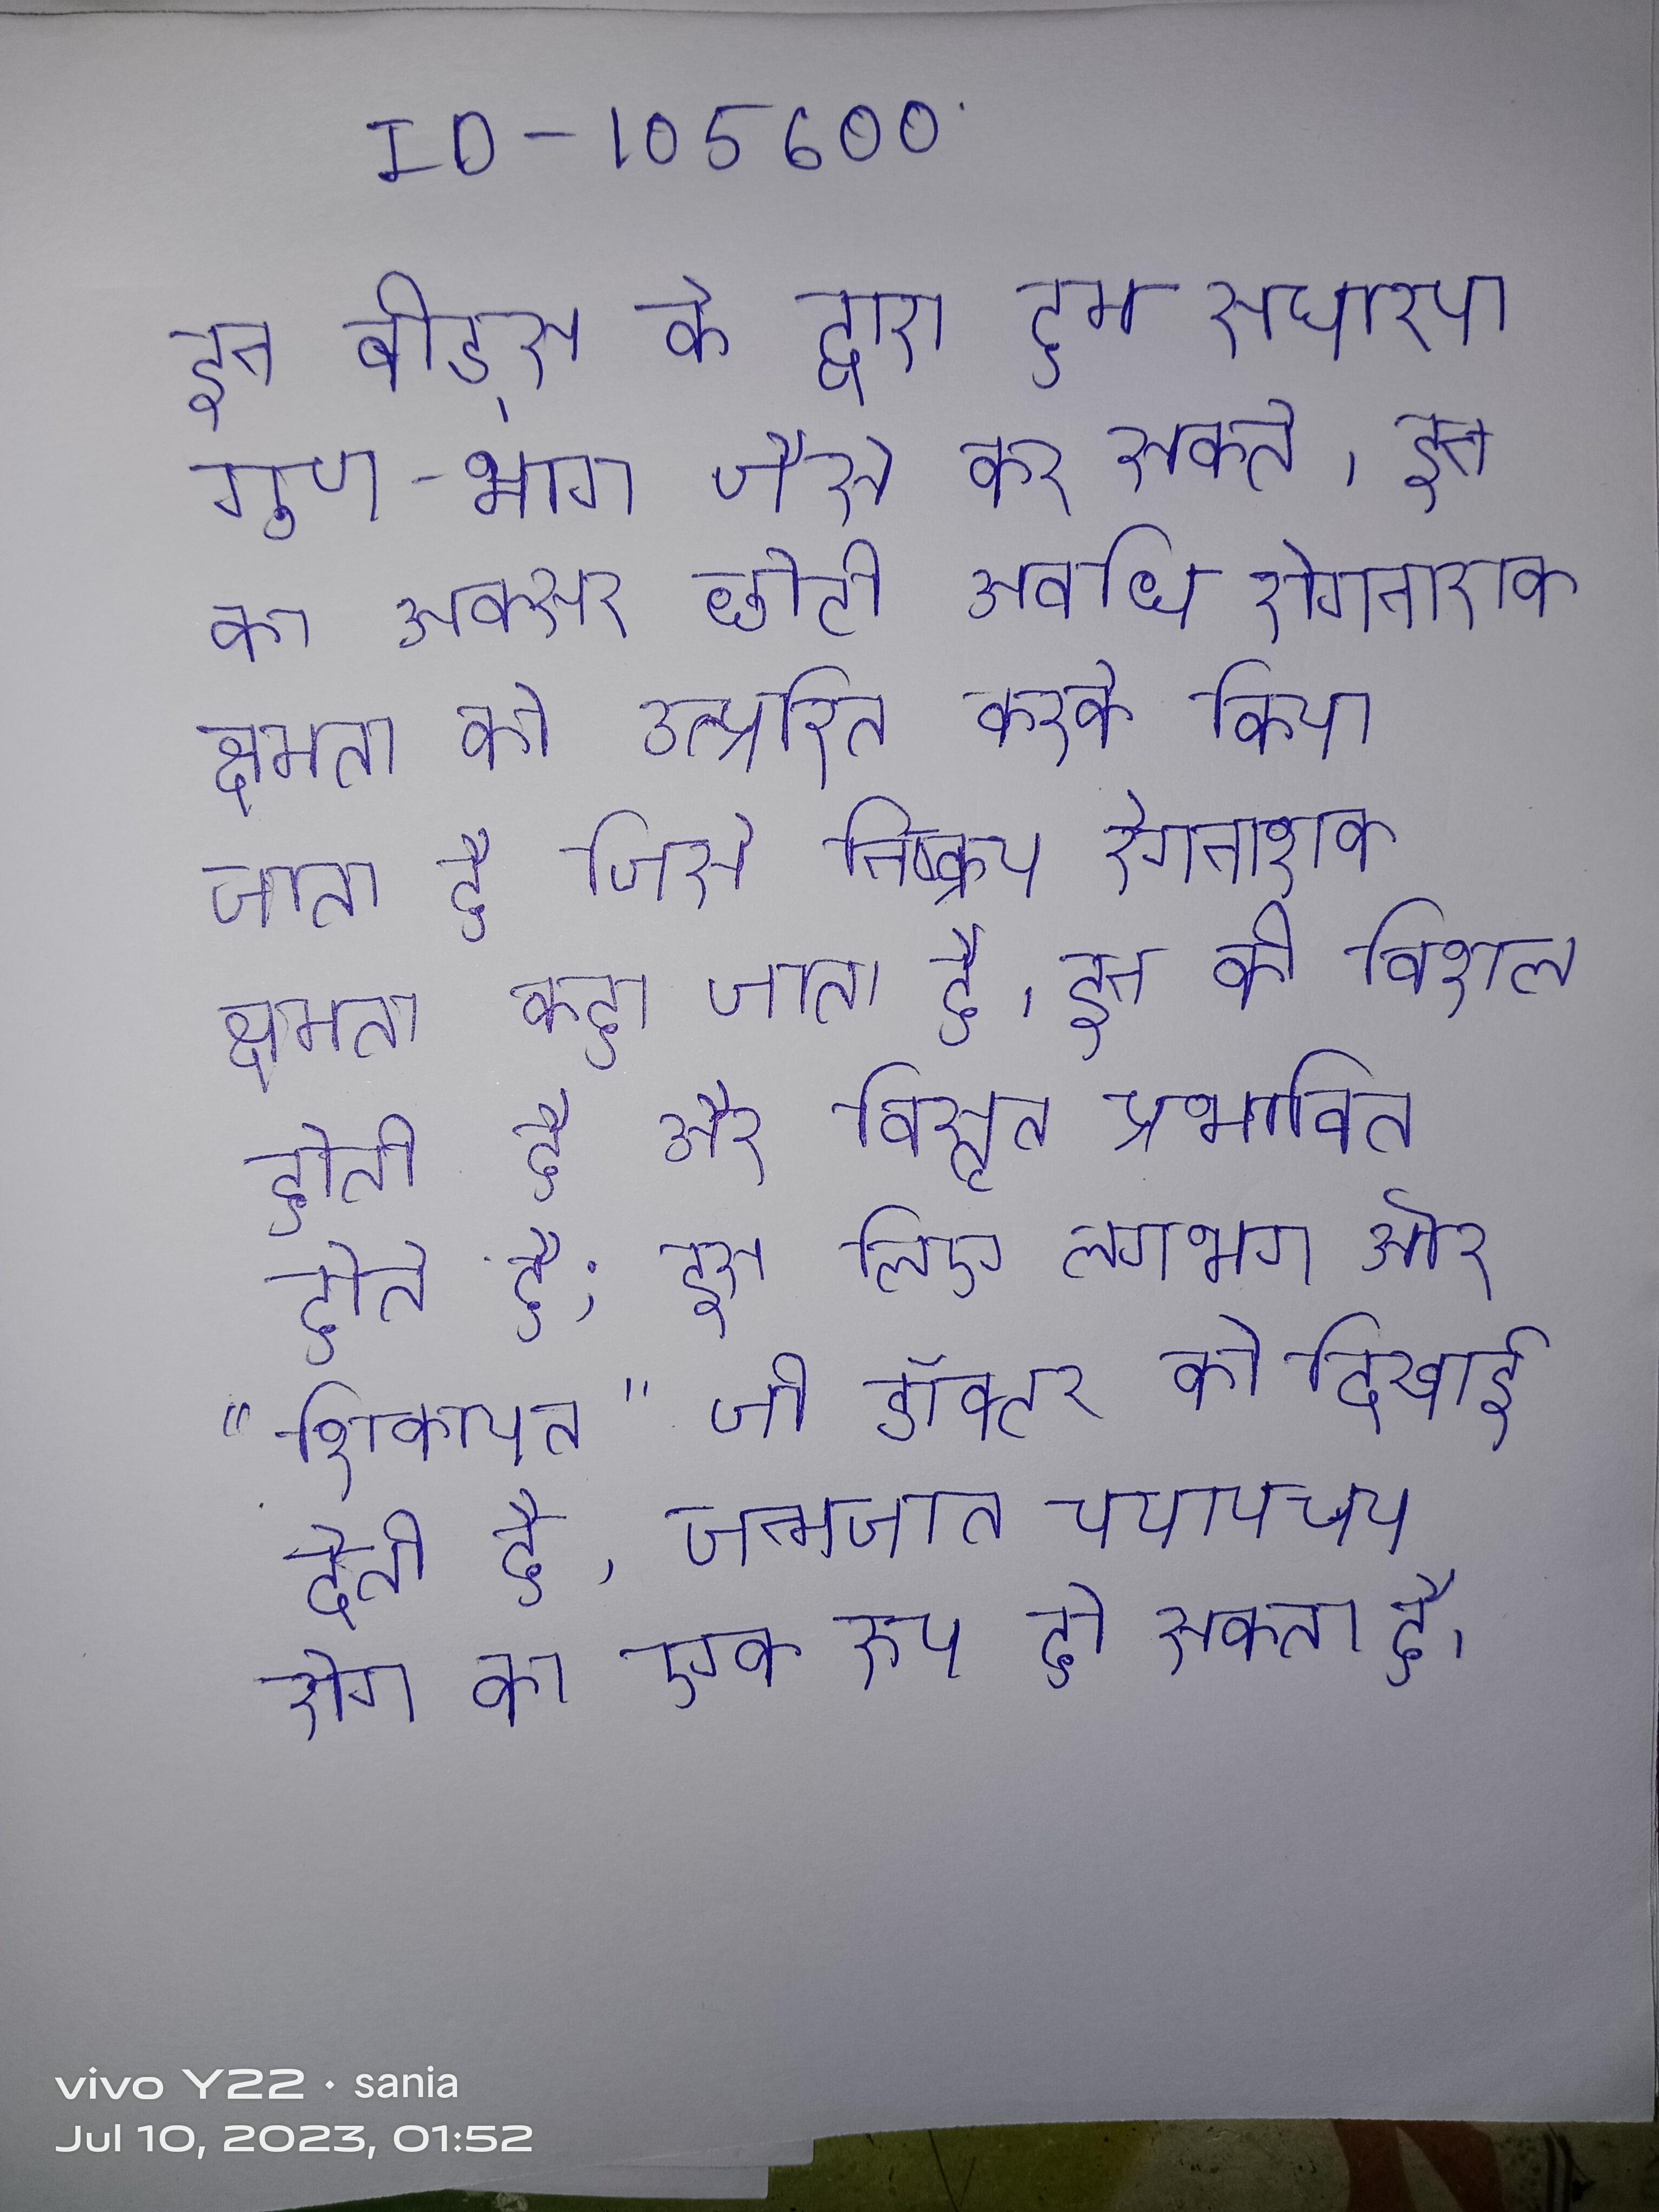
इन बीड्स के द्वारा हम साधारण गुणा-भाग जैसे कर सकते । इन का अक्सर छोटी अवधि रोगनाशक क्षमता को उत्प्रेरित करके किया जाता है जिसे निष्क्रिय रोगनाशक क्षमता कहा जाता है । इन की विशाल होती है और विस्तृत प्रभावित होते है; इस लिए लगभग हर "शिकायत" जो डॉक्टर को दिखाई देती है, जन्मजात चयापचय रोग का एक रूप हो सकता है ।